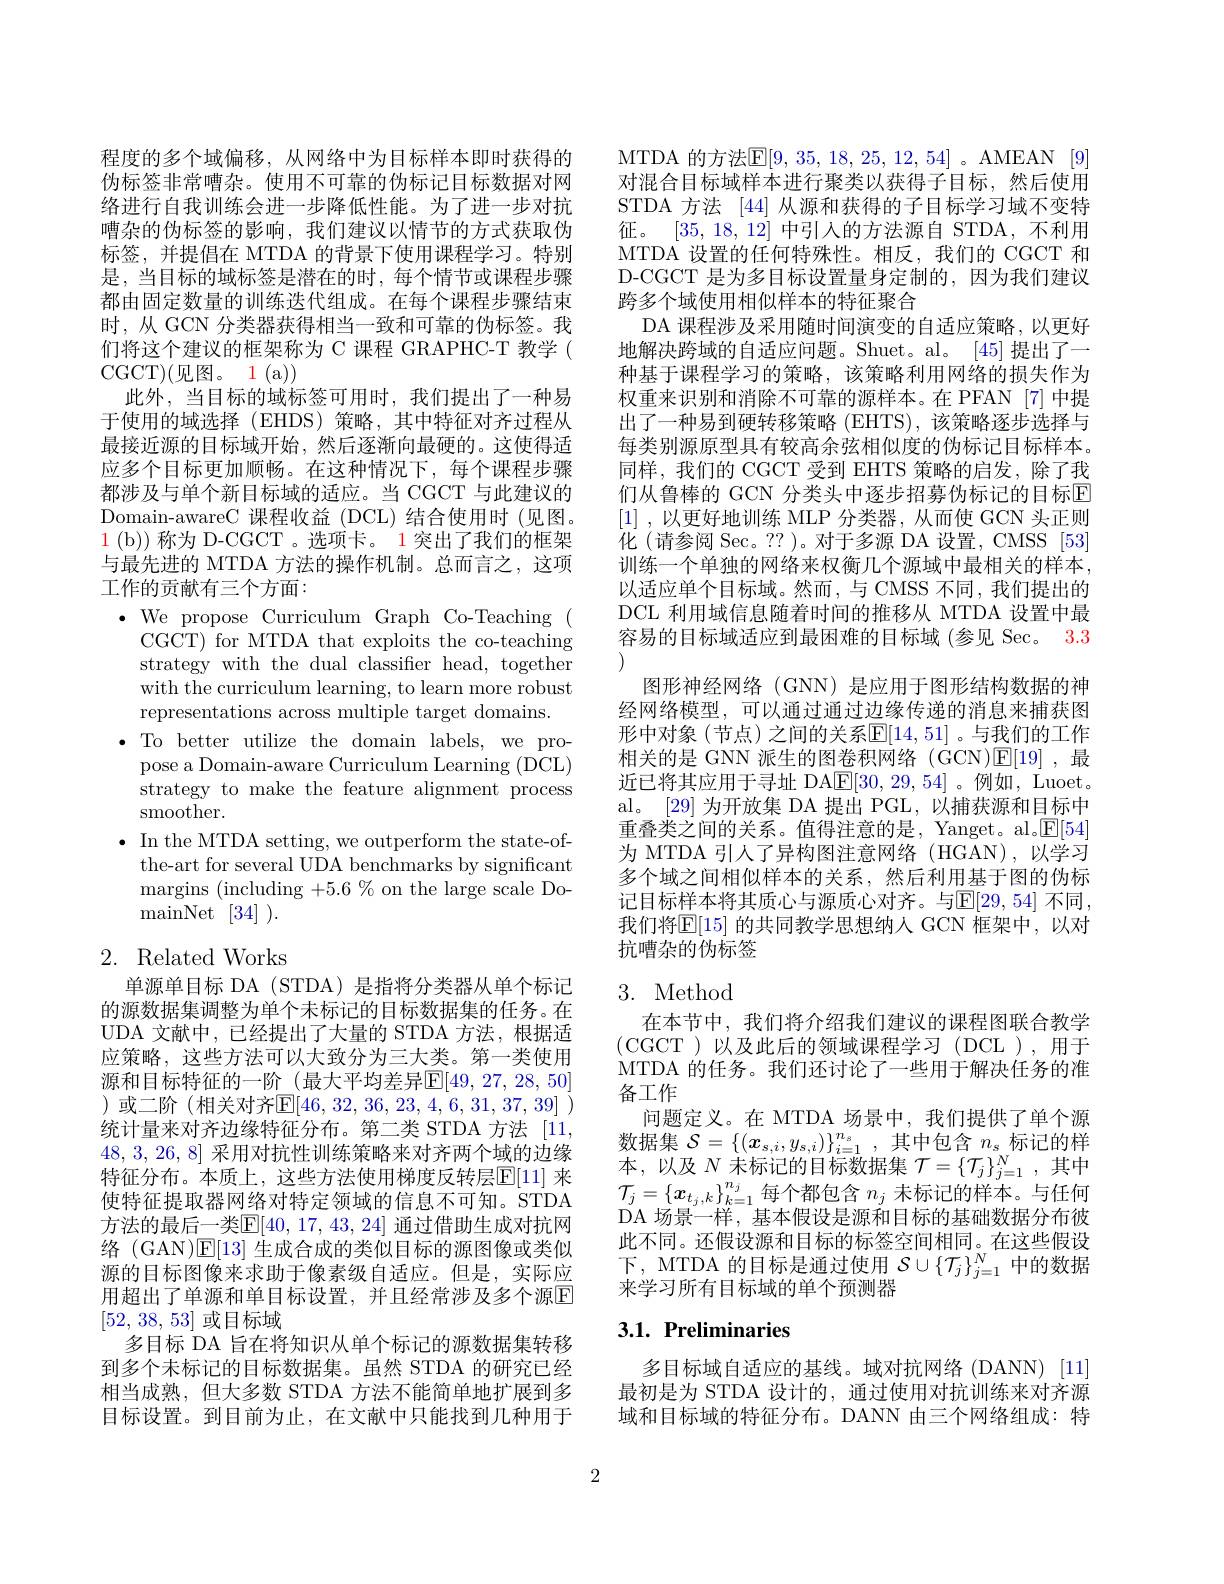
程度的多个域偏移，从网络中为目标样本即时获得的伪标签非常嘈杂。使用不可靠的伪标记目标数据对网络进行自我训练会进一步降低性能。为了进一步对抗嘈杂的伪标签的影响，我们建议以情节的方式获取伪标签，并提倡在 MTDA 的背景下使用课程学习。特别是，当目标的域标签是潜在的时，每个情节或课程步骤都由固定数量的训练迭代组成。在每个课程步骤结束时，从 GCN 分类器获得相当一致和可靠的伪标签。我们将这个建议的框架称为 C 课程 GRAPHC-T 教学( CGCT)(见图。1(a))
此外，当目标的域标签可用时，我们提出了一种易于使用的域选择 (EHDS)策略，其中特征对齐过程从最接近源的目标域开始，然后逐渐向最硬的。这使得适应多个目标更加顺畅。在这种情况下，每个课程步骤都涉及与单个新目标域的适应。当 CGCT 与此建议的Domain-awareC 课程收益 (DCL) 结合使用时 (见图。$\color{red}{1}($b))称为 D-CGCT 。选项卡。1 突出了我们的框架与最先进的 MTDA 方法的操作机制。总而言之，这项工作的贡献有三个方面：
$\cdot$ We propose Curriculum Graph Co-Teaching (
CGCT) for MTDA that exploits the co-teaching strategy with the dual classifier head, together with the curriculum learning, to learn more robust representations across multiple target domains.
$\bullet$ To better utilize the domain labels, we pro-
pose a Domain-aware Curriculum Learning (DCL) strategy to make the feature alignment process smoother.
$\bullet$ In the MTDA setting, we outperform the state-of-
the-art for several UDA benchmarks by significant margins (including +5.6% on the large scale Do- ${\mathrm{mainNet}}$ [34] ). 2. Related Works

单源单目标 DA (STDA) 是指将分类器从单个标记的源数据集调整为单个未标记的目标数据集的任务。在UDA 文献中，已经提出了大量的 STDA 方法，根据适应策略，这些方法可以大致分为三大类。第一类使用源和目标特征的一阶(最大平均差异$\mathbb{E}[49,27,28,50]$ )或二阶(相关对齐$\mathbb{E}[46,32,36,23,4,6,31,37,39]$ ) 统计量来对齐边缘特征分布。第二类 STDA 方法 [11, 48,3,26,8]采用对抗性训练策略来对齐两个域的边缘特征分布。本质上，这些方法使用梯度反转层$\mathbb{E}[11]$ 来使特征提取器网络对特定领域的信息不可知。STDA 方法的最后一类$\mathbb{E}[40,17,43,24]$ 通过借助生成对抗网络 (GAN)$\mathbb{E}[13]$生成合成的类似目标的源图像或类似源的目标图像来求助于像素级自适应。但是，实际应用超出了单源和单目标设置，并且经常涉及多个源$\mathbb{E}$ [52, 38, 53]或目标域
多目标 DA 旨在将知识从单个标记的源数据集转移到多个未标记的目标数据集。虽然 STDA 的研究已经相当成熟，但大多数 STDA 方法不能简单地扩展到多目标设置。到目前为止，在文献中只能找到几种用于

MTDA 的方法$\mathbb{E}[9,35,18,25,12,54]$。AMEAN [9] 对混合目标域样本进行聚类以获得子目标，然后使用STDA 方法 [44] 从源和获得的子目标学习域不变特征。[35,18,12]中引入的方法源自 STDA,不利用MTDA 设置的任何特殊性。相反，我们的 CGCT 和D-CGCT 是为多目标设置量身定制的，因为我们建议跨多个域使用相似样本的特征聚合
DA 课程涉及采用随时间演变的自适应策略，以更好地解决跨域的自适应问题。Shuet。al。[45] 提出了一种基于课程学习的策略，该策略利用网络的损失作为权重来识别和消除不可靠的源样本。在 PFAN [7] 中提出了一种易到硬转移策略 (EHTS), 该策略逐步选择与每类别源原型具有较高余弦相似度的伪标记目标样本。同样，我们的 CGCT 受到 EHTS 策略的启发，除了我们从鲁棒的 GCN 分类头中逐步招募伪标记的目标E [1] , 以更好地训练 MLP 分类器，从而使 GCN 头正则化 (请参阅 Sec。?? )。对于多源 DA 设置，CMSS [53] 训练一个单独的网络来权衡几个源域中最相关的样本， 以适应单个目标域。然而，与 CMSS 不同，我们提出的DCL 利用域信息随着时间的推移从 MTDA 设置中最容易的目标域适应到最困难的目标域(参见 Sec。3.3
图形神经网络 (GNN) 是应用于图形结构数据的神经网络模型，可以通过通过边缘传递的消息来捕获图形中对象(节点)之间的关系$\mathbb{E}[14,51]$。与我们的工作相关的是 GNN 派生的图卷积网络 (GCN)$\mathbb{E}[19]$,最近已将其应用于寻址 DA$\underline{\mathrm{E}}[30,29,54]$。例如，Luoet。al。[29]为开放集 DA 提出 PGL,以捕获源和目标中重叠类之间的关系。值得注意的是，Yanget。alE[ 54] 为 MTDA 引人了异构图注意网络(HGAN),以学习多个域之间相似样本的关系，然后利用基于图的伪标记目标样本将其质心与源质心对齐。与$\mathbb{E}[29,54]$ 不同我们将$\mathbb{E}[15]$ 的共同教学思想纳人 GCN 框架中，以对抗嘈杂的伪标签

## 3. Method

在本节中，我们将介绍我们建议的课程图联合教学(CGCT )以及此后的领域课程学习(DCL ),用于MTDA 的任务。我们还讨论了一些用于解决任务的准备工作
问题定义。在 MTDA 场景中，我们提供了单个源数据集$\mathcal{S}=\{(x_{s,i},y_{s,i})\}_{i=1}^{n_s}$,其中包含$n_s$标记的样本，以及$N$未标记的目标数据集$\mathcal{T}=\{\mathcal{T}_j\}_j=1^N$,其中$\mathcal{T}_j=\left\{\boldsymbol{x}_{t_j,k}\right\}_{k=1}^{n_j}$每个都包含 $n_j$ 未标记的样本。与任何DA 场景一样，基本假设是源和目标的基础数据分布彼此不同。还假设源和目标的标签空间相同。在这些假设下，MTDA 的目标是通过使用$\mathcal{S}\cup\{\mathcal{T}_j\}_{j=1}^N$中的数据来学习所有目标域的单个预测器

## $3. 1. \textbf{Preliminaries}$

多目标域自适应的基线。域对抗网络(DANN)[11] 最初是为 STDA 设计的，通过使用对抗训练来对齐源域和目标域的特征分布。DANN 由三个网络组成：特

2